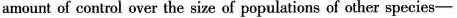
amount of contol over the size of populations of other species -